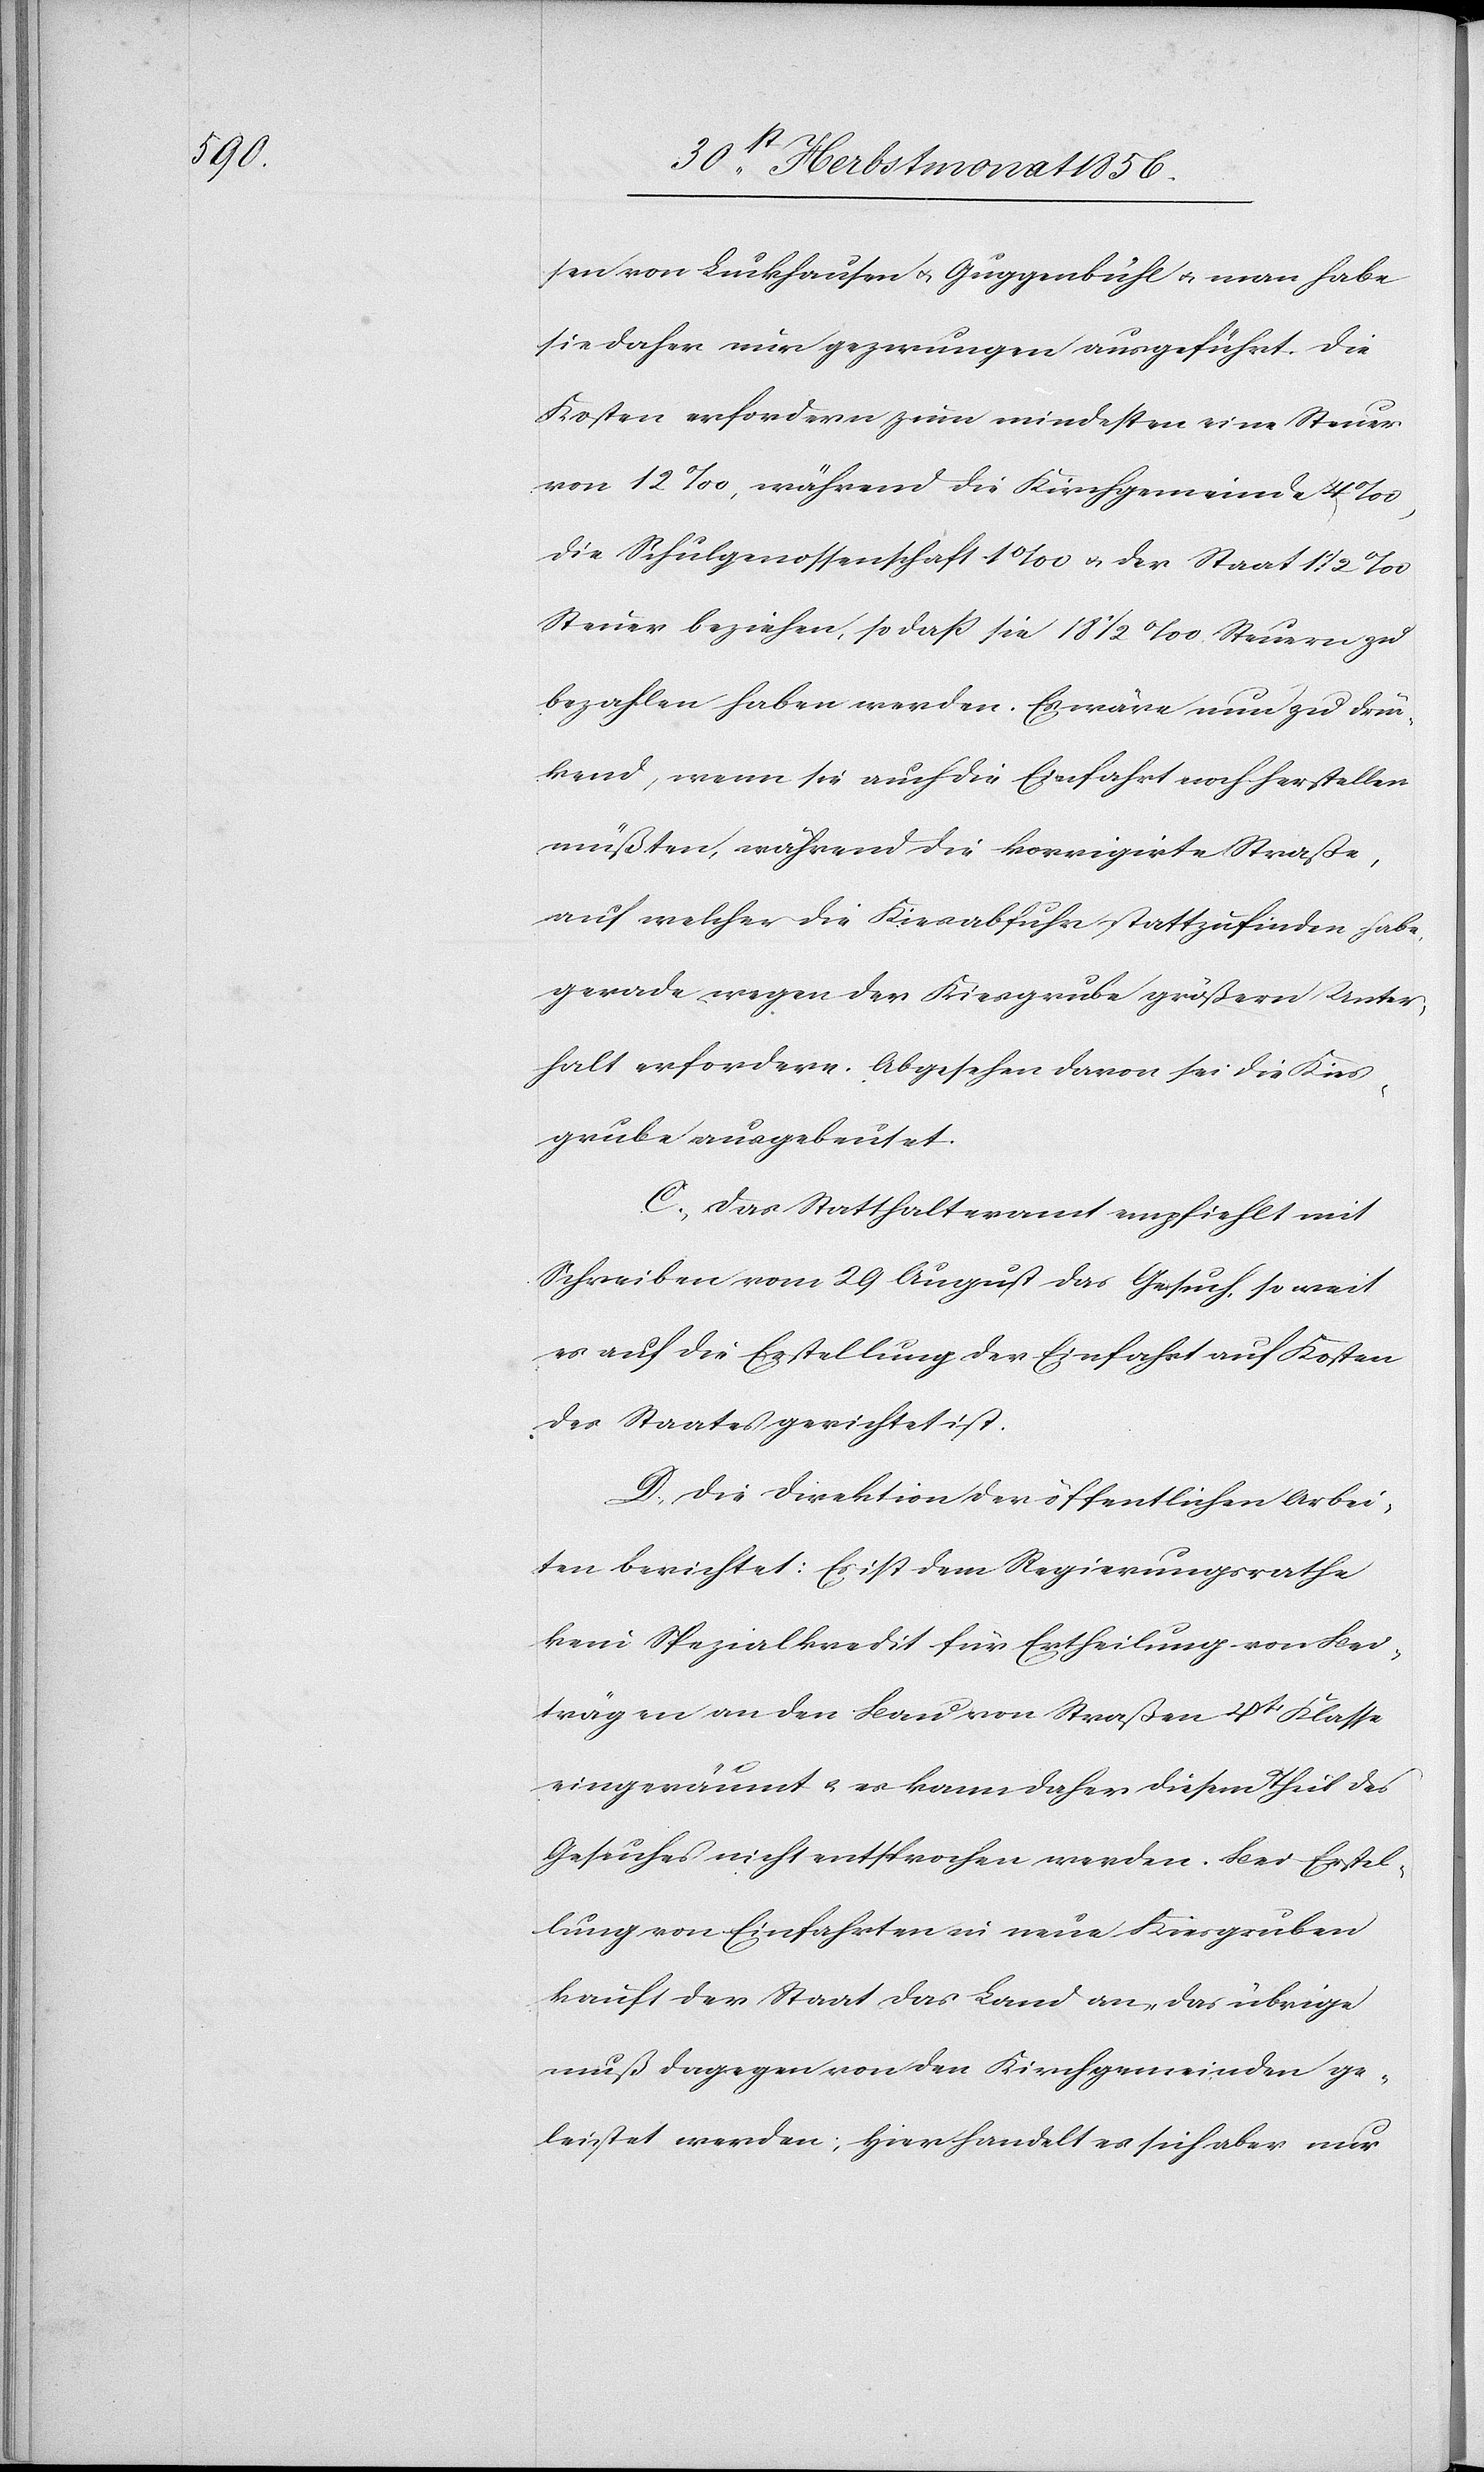
sen von Luckhausen u. Guggenbühl u. man habe
sie daher nur gezwungen ausgeführt. Die
Kosten erfordern zum mindesten eine Steuer
von 12‰, während die Kirchgemeinde 4‰,
die Schulgenossenschaft 1‰ u. der Staats 1 ½ ‰
Steuer beziehen, so dass sie 18 ½ ‰ Steuern zu
bezahlen haben werden. Es wäre nun zu drüc¬
kend, wenn sie auch die Einfahrt noch herstellen
müßten, während die korrigirte Straße,
auf welcher die Kiesabfuhr stattzufinden habe,
gerade wegen der Kiesgrube größern Unter¬
halt erfordern. Abgesehen davon sei die Kies¬
grube ausgebeutet.
C.) Das Statthalteramt empfiehlt mit
Schreiben vom 29 August das Gesuch, so weit
es auf die Erstellung der Einfahrt auf Kosten
des Staates gerichtet ist.
D.) Die Direktion der öffentlichen Arbei¬
ten berichtet: Es ist dem Regierungsrathe
kein Spezialkredit für Ertheilung von Be¬
trägen an den Bau von Straßen 4tr Klasse
eingeräumt u. es kann daher diesem Theil des
Gesuches nicht entsprochen werden. Bei Erstel¬
lung von Einfahrten in neue Kiesgruben
kauft der Staat das Land an, das übrige
muß dagegen von den Kirchgemeinden ge¬
leistet werden; Hier handelt es sich aber nur